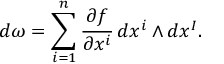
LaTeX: d \omega = \sum _ { i = 1 } ^ { n } { \frac { \partial f } { \partial x ^ { i } } } \, d x ^ { i } \wedge d x ^ { I } .